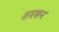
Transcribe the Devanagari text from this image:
समकन